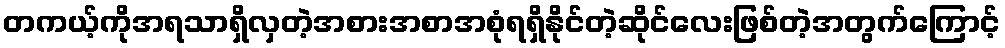
တကယ့်ကိုအရသာရှိလှတဲ့အစားအစာအစုံရရှိနိုင်တဲ့ဆိုင်လေးဖြစ်တဲ့အတွက်ကြောင့်